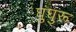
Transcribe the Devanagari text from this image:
घुंघुरू